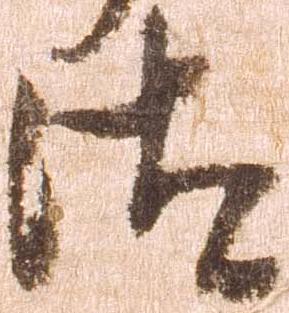
汰